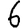
Digit: 6